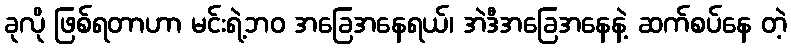
ခုလို ဖြစ်ရတာဟာ မင်းရဲ့ဘဝ အခြေအနေရယ်၊ အဲဒီအခြေအနေနဲ့ ဆက်စပ်နေ တဲ့